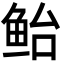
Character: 鲐